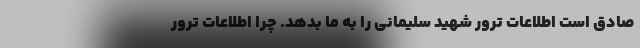
صادق است اطلاعات ترور شهید سلیمانی را به ما بدهد. چرا اطلاعات ترور